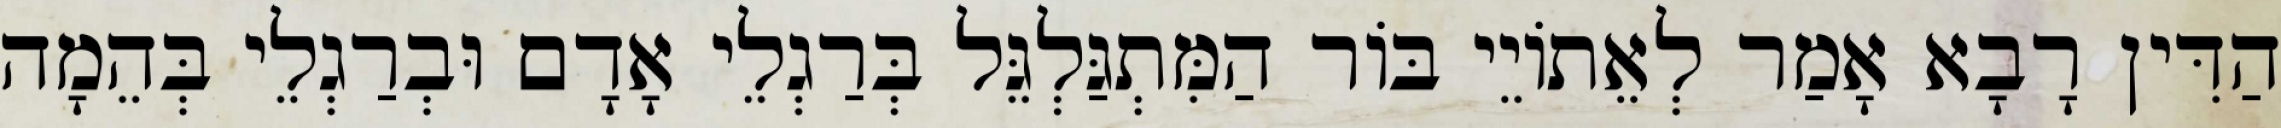
הַדִּין רָבָא אָמַר לְאֵתוֹיֵי בּוֹר הַמִּתְגַּלְגֵּל בְּרַגְלֵי אָדָם וּבְרַגְלֵי בְּהֵמָה